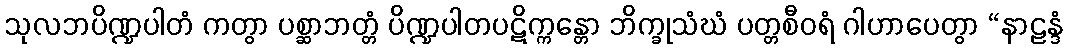
သုလဘပိဏ္ဍပါတံ ကတွာ ပစ္ဆာဘတ္တံ ပိဏ္ဍပါတပဋိက္ကန္တော ဘိက္ခုသံဃံ ပတ္တစီဝရံ ဂါဟာပေတွာ “နာဠန္ဒံ